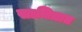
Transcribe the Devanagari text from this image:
साधितात